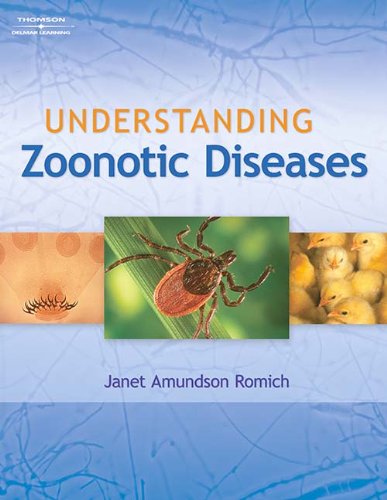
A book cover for Understanding Zoonotic Diseases; Janet Amundson Romich; Medical Books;